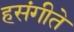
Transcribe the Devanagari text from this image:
हसंगीते